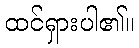
ထင်ရှားပါ၏။